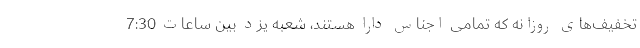
تخفیف‌های روزانه که تمامی اجناس دارا هستند، شعبه یزد بین ساعات 7:30